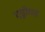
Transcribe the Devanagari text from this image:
एड्रॉयड